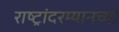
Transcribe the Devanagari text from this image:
राष्ट्रांदरम्यानच्या